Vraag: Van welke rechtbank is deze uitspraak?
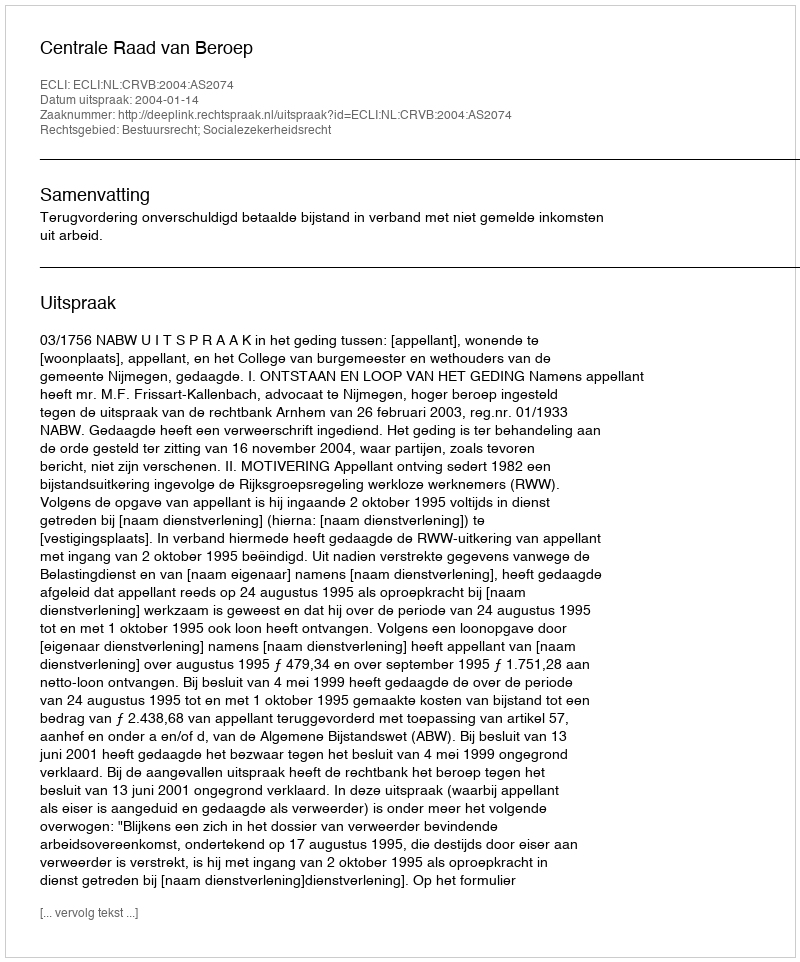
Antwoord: Centrale Raad van Beroep